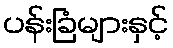
ပန်းခြံများနှင့်